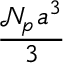
\displaystyle \frac { \ensuremath { \mathcal { N } _ { \! p } { \! \: } } a ^ { 3 } } { 3 }